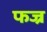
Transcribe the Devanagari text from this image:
फज्र